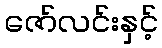
ဇော်လင်းနှင့်